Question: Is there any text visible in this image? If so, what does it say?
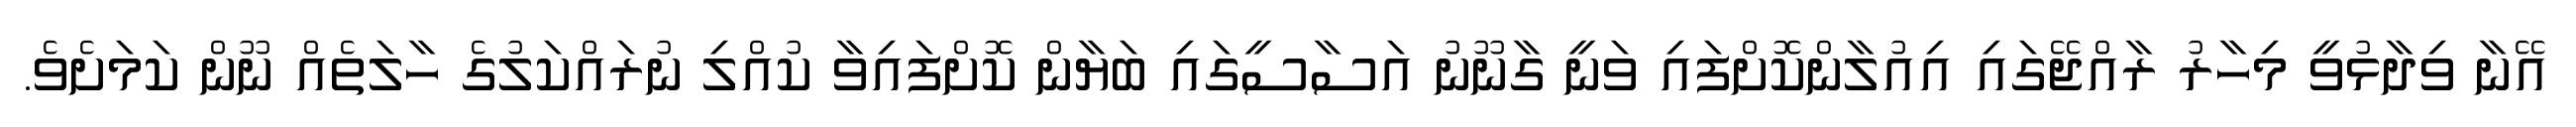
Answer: އޭނާ ވިދާޅުވީ މިހާރު ރާއްޖޭގައި އިއުލާންކޮށްފައި ވަނީ ގާނޫނު އަސާސީގައި ބަޔާން ކޮށްފައިވާ ކުއްލި ނުރައްކަލުގެ ހާލަތެއް ނޫން ކަމަށެވެ.